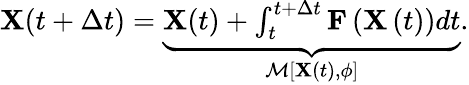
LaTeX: \begin{array}{r}{\mathbf{X}(t+\Delta t)=\underbrace{\mathbf{X}(t)+\int_{t}^{t+\Delta t}{\mathbf{F}\left(\mathbf{X}\left(t\right)\right)}dt}_{\mathcal{M}\left[\mathbf{X}(t),\phi\right]}.}\end{array}